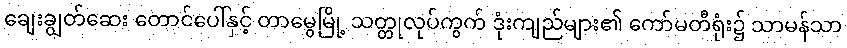
ချေးချွတ်ဆေး တောင်ပေါ်နှင့် တာမွေမြို့ သတ္တုလုပ်ကွက် ဒုံးကျည်များ၏ ကော်မတီရုံး၌ သာမန်သာ